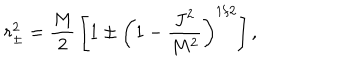
LaTeX: r _ { \pm } ^ { 2 } = { \frac { M } { 2 } } \left[ 1 \pm \left( 1 - { \frac { J ^ { 2 } } { M ^ { 2 } } } \right) ^ { 1 / 2 } \right] ,